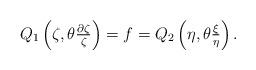
LaTeX: \begin{align*} Q_1\left(\zeta,\theta\tfrac{\partial\zeta}{\zeta}\right)=f=Q_2\left(\eta,\theta\tfrac{\xi}{\eta}\right).\end{align*}